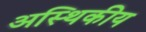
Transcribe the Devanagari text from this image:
अस्थिकीय